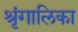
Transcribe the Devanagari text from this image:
श्रृंगालिका